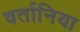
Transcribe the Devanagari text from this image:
वर्तानिया